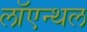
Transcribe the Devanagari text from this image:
लॉएन्थल